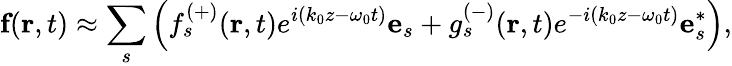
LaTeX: \textbf{f}\! \left(\textbf{r},t\right)\approx\sum_{s}\left(f_{s}^{(+)}(\textbf{r},t)e^{i(k_{0}z-\omega_{0}t)}{\textbf{e}}_{s}+g_{s}^{(-)}(\textbf{r},t)e^{-i(k_{0}z-\omega_{0}t)}{\textbf{e}}_{s}^{*}\right),